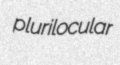
plurilocular